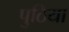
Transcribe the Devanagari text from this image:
पुठिया